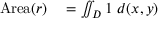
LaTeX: \begin{array} { r l } { \mathrm { A r e a } ( r ) } & { { } { } = \iint _ { D } 1 \ d ( x , y ) } \end{array}